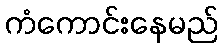
ကံကောင်းနေမည်